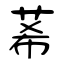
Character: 莃